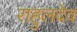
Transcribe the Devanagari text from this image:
राहुलदेव